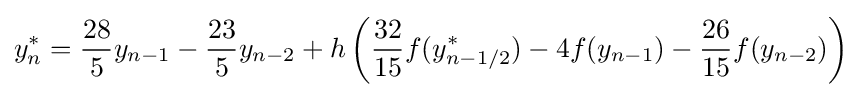
y_{n}^{*}={\frac {28}{5}}y_{n-1}-{\frac {23}{5}}y_{n-2}+h\left({\frac {32}{15}}f(y_{n-1/2}^{*})-4f(y_{n-1})-{\frac {26}{15}}f(y_{n-2})\right)